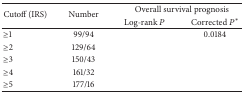
<table><thead><tr><td rowspan="2"><b>Cutoff (IRS)</b></td><td rowspan="2"><b>Number</b></td><td colspan="2"><b>Overall survival prognosis</b></td></tr><tr><td><b>Log-rank <i>P</i></b></td><td><b>Corrected <i>P</i><sup><i>∗</i></sup></b></td></tr></thead><tbody><tr><td>≥1</td><td>99/94</td><td>[EMPTY_CELL]</td><td>0.0184</td></tr><tr><td>≥2</td><td>129/64</td><td>[EMPTY_CELL]</td><td>[EMPTY_CELL]</td></tr><tr><td>≥3</td><td>150/43</td><td>[EMPTY_CELL]</td><td>[EMPTY_CELL]</td></tr><tr><td>≥4</td><td>161/32</td><td>[EMPTY_CELL]</td><td>[EMPTY_CELL]</td></tr><tr><td>≥5 </td><td>177/16</td><td>[EMPTY_CELL]</td><td>[EMPTY_CELL]</td></tr></tbody></table>